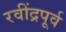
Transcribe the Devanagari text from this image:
रवींद्रपूर्व